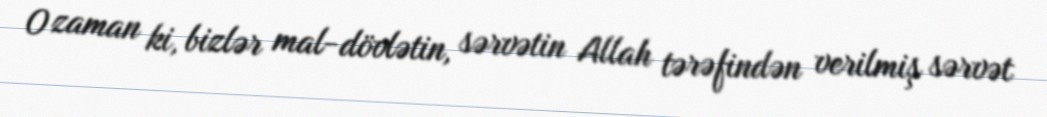
O zaman ki, bizlər mal-dövlətin, sərvətin Allah tərəfindən verilmiş sərvət